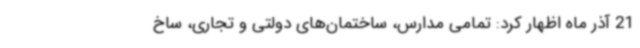
21 آذر ماه اظهار کرد: تمامی مدارس، ساختمان‌های دولتی و تجاری، ساخ